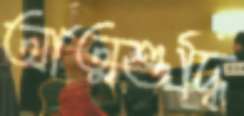
আত্মশুদ্ধি